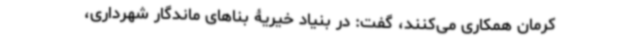
کرمان همکاری می‌کنند، گفت: در بنیاد خیریۀ بناهای ماندگار شهرداری،